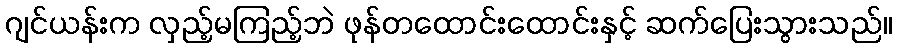
ဂျင်ယန်းက လှည့်မကြည့်ဘဲ ဖုန်တထောင်းထောင်းနှင့် ဆက်ပြေးသွားသည်။